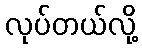
လုပ်တယ်လို့